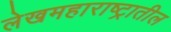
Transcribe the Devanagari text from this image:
लेखमहाराष्ट्रातील